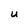
Character: U